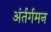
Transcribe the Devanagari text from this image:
अंर्तर्गमन